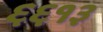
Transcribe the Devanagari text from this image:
६६१३